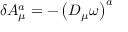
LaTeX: \delta A _ { \mu } ^ { a } = - \left( D _ { \mu } \omega \right) ^ { a }